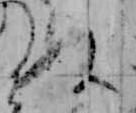
ぬ